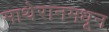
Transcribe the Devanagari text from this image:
माथेरानमधून